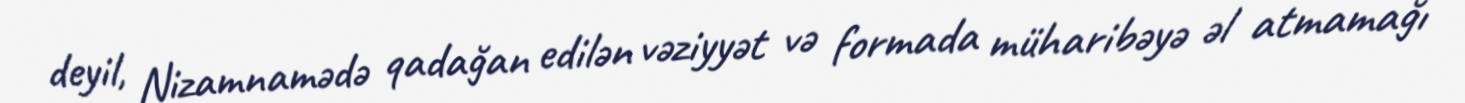
deyil, Nizamnamədə qadağan edilən vəziyyət və formada müharibəyə əl atmamağı